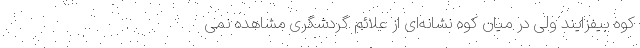
کوه بیفزایند ولی در میان کوه نشانه‌ای از علائم گردشگری مشاهده نمی